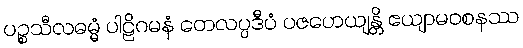
ပဉ္စသီလဓမ္မံ ပါဠိဂမနံ တေလပ္ပဒီပံ ပဇဟေယျန္တိ ဧယျာမဝစနဿ